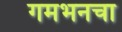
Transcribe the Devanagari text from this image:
गमभनचा